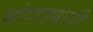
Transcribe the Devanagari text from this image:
सांगाड्याची